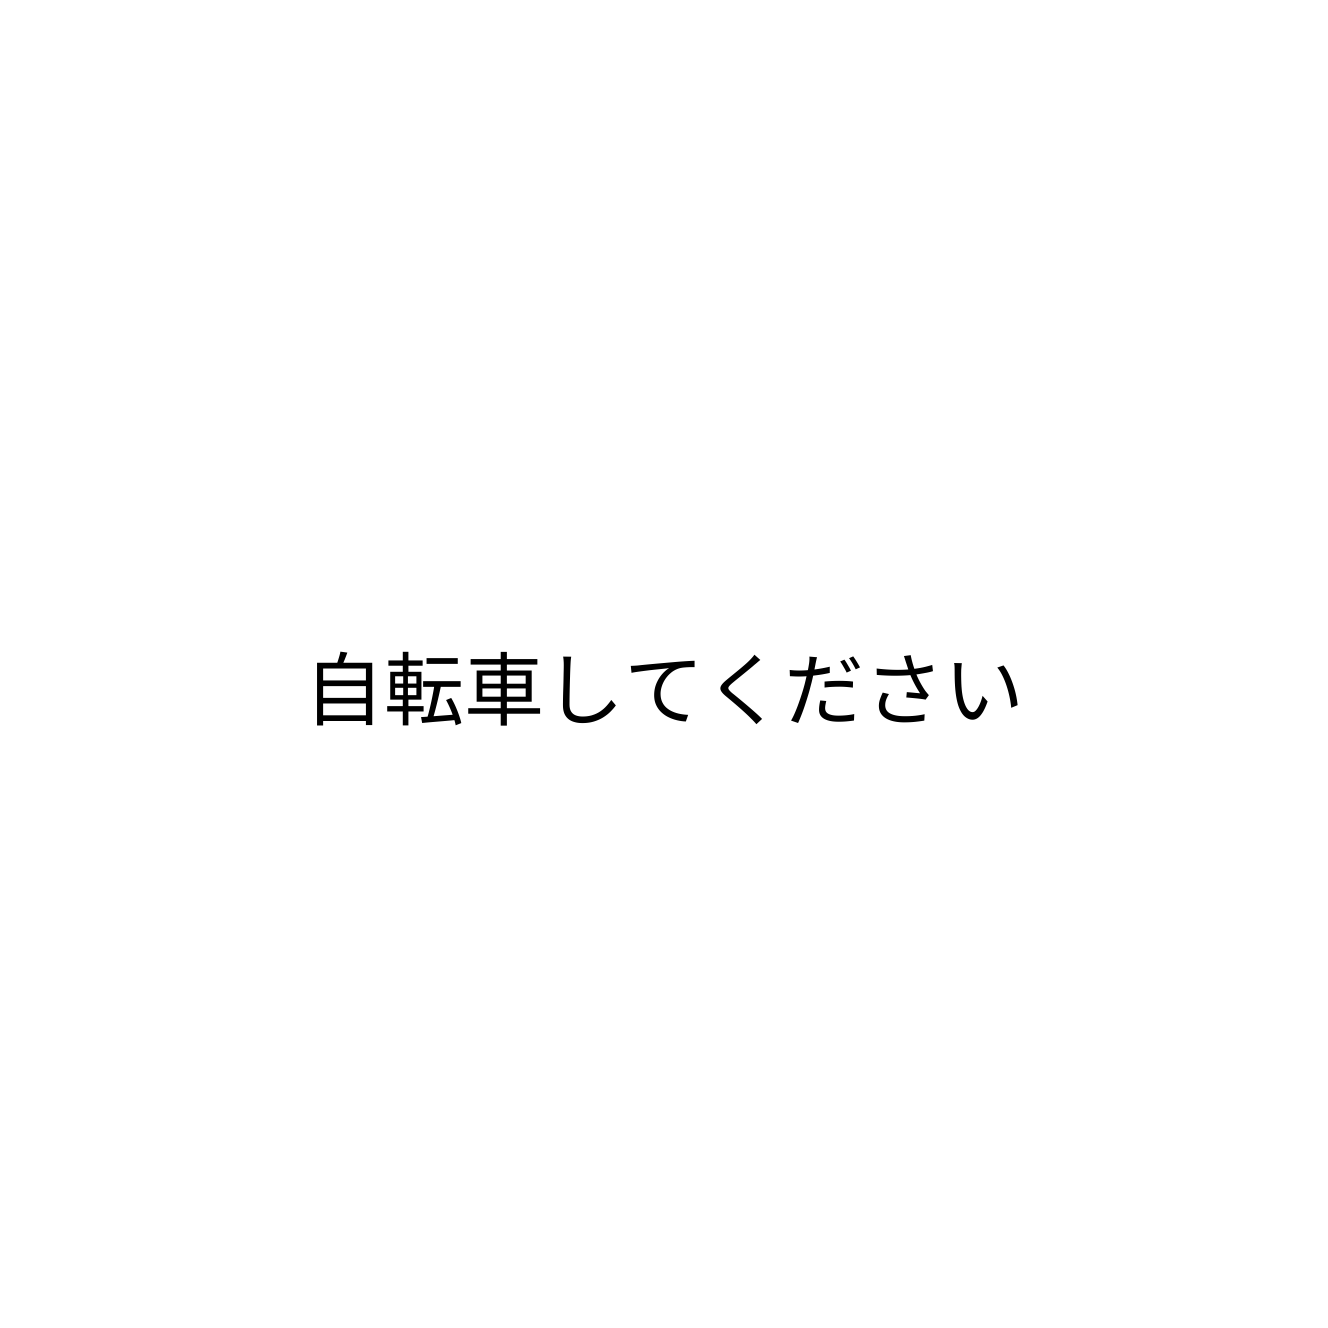
自転車してください